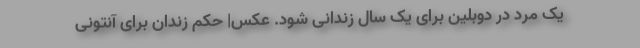
یک مرد در دوبلین برای یک سال زندانی شود. عکس| حکم زندان برای آنتونی